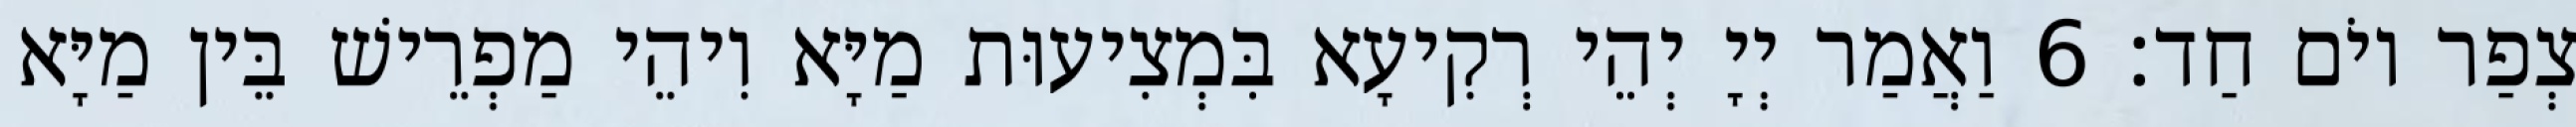
צְפַר יוֹם חַד׃ 6 וַאֲמַר יְיָ יְהֵי רְקִיעָא בִּמְצִיעוּת מַיָּא וִיהֵי מַפְרֵישׁ בֵּין מַיָּא